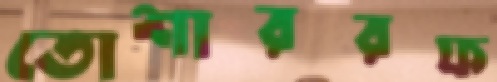
তোশাররফ